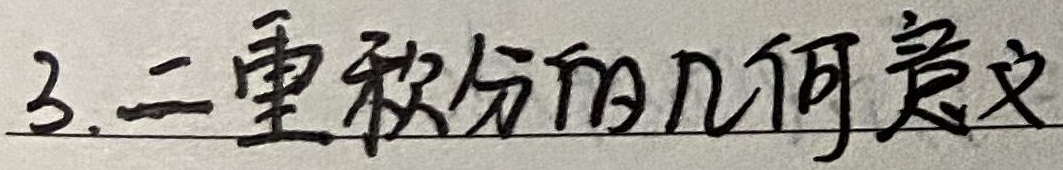
3.二重积分的几何意义